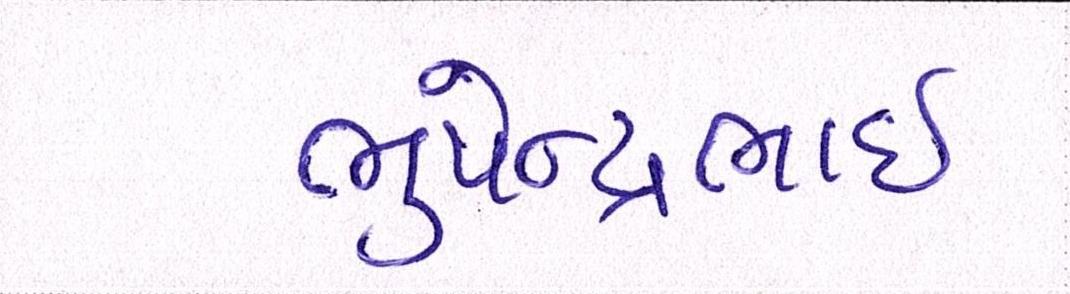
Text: ભુપેન્દ્રભાઇ